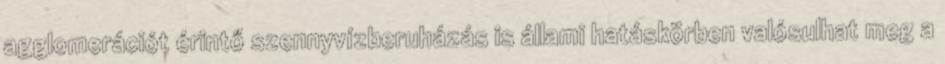
agglomerációt érintő szennyvízberuházás is állami hatáskörben valósulhat meg a